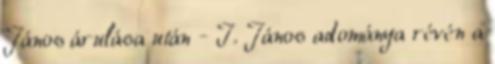
János árulása után - I. János adománya révén a